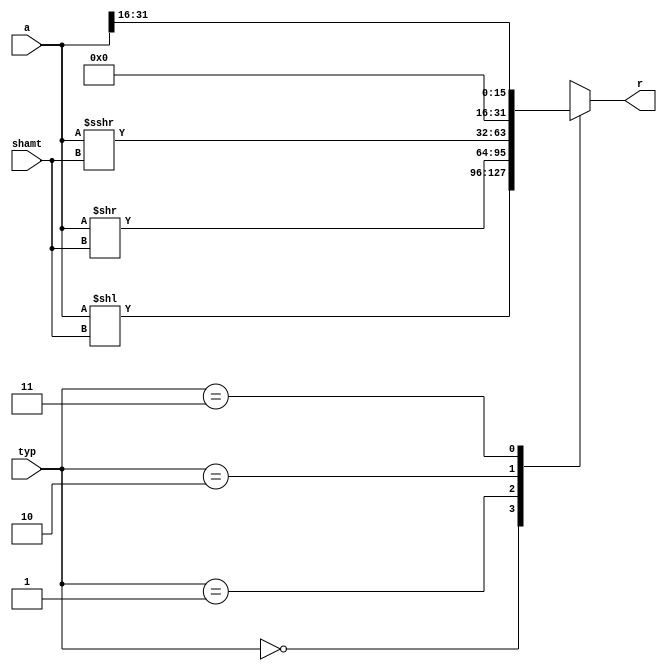
module shifter(
    input wire [31:0] a,
    input wire [4:0] shamt,
    input wire [1:0] typ,
    output reg [31:0] r
);

always @* begin
    case(typ)
        2'b00: r = a << shamt; // Logical Left Shift
        2'b01: r = a >> shamt; // Logical Right Shift
        2'b10: r = $signed(a) >>> shamt; // Arithmetic Right Shift (with sign extension)
        2'b11: r = {16'b0, a[31:16]}; // LUI: Load Upper Immediate (Extract upper 16 bits)

        default: r = a; // No shift (default behavior)
    endcase
end

endmodule